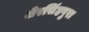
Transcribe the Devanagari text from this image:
शेरसिंहपुरा